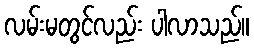
လမ်းမတွင်လည်း ပါလာသည်။